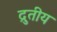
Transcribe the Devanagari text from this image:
द्रुतीय